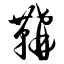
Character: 鞲